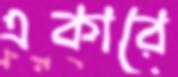
একারে